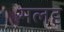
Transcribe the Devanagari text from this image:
मलदृ